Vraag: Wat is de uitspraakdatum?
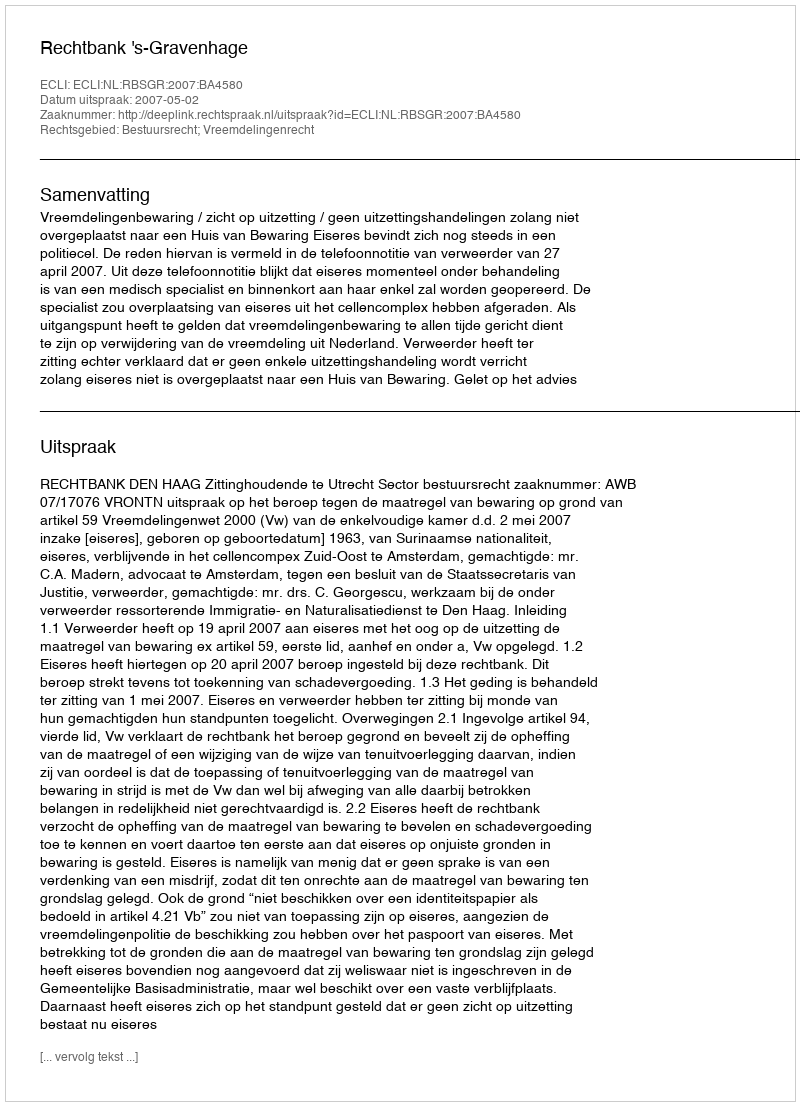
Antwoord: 2007-05-02